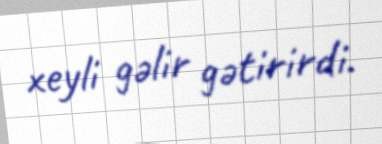
xeyli gəlir gətirirdi.